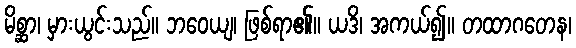
မိစ္ဆာ၊ မှားယွင်းသည်။ ဘဝေယျ၊ ဖြစ်ရာ၏။ ယဒိ၊ အကယ်၍။ တထာဂတေန၊